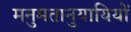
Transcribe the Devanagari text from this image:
मनुमतानुयायियों